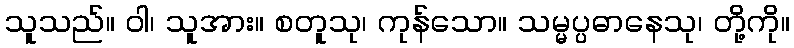
သူသည်။ ဝါ၊ သူအား။ စတူသု၊ ကုန်သော။ သမ္မပ္ပဓာနေသု၊ တို့ကို။